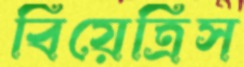
বিয়েত্রিস